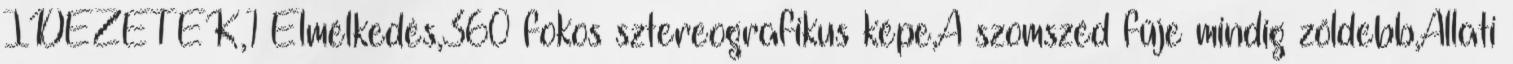
IDÉZETEK,1 Elmélkedés,360 fokos sztereografikus képe,A szomszéd fűje mindig zöldebb,Állati